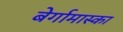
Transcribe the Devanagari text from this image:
बेर्गामास्का